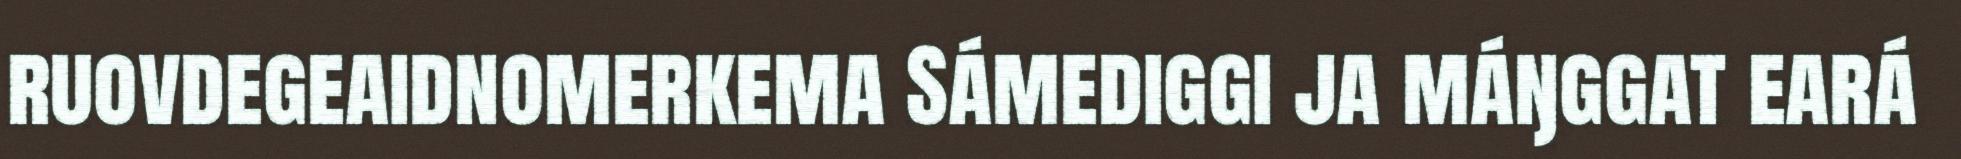
ruovdegeaidnomerkema Sámediggi ja máŋggat eará